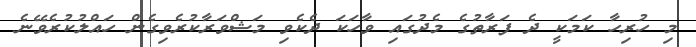
މި ހުރިހާ ކަމަކީ ދެ ފަރާތުގެ މެދުގައި ވާހަކަ ދެކެވި މަޝްވަރާކުރެވިގެން ހައްލުކުރެވޭނެ